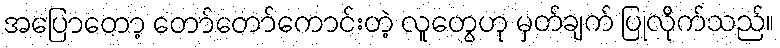
အပြောတော့ တော်တော်ကောင်းတဲ့ လူတွေဟု မှတ်ချက် ပြုလိုက်သည်။